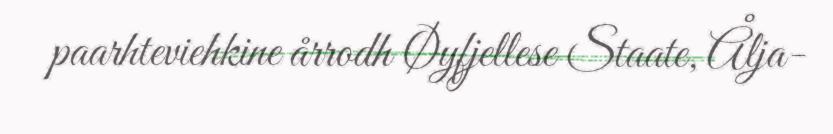
paarhteviehkine årrodh Øyfjellese Staate, Ålja-